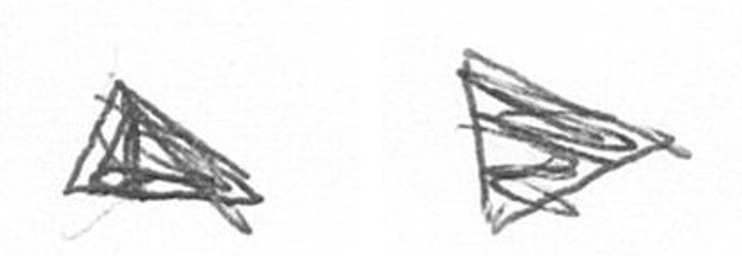
O T